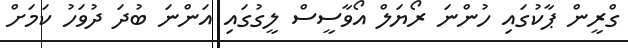
ގްރީން ޕާކުގައި ހުންނަ ރޯޔަލް އޯވާސީސް ލީގުގައި އަންނަ ބުދަ ދުވަހު ކަމަށް